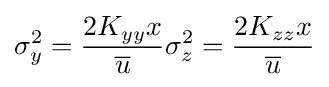
\sigma _{y}^{2}={\frac {2K_{yy}x}{\overline {u}}}\sigma _{z}^{2}={\frac {2K_{zz}x}{\overline {u}}}